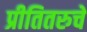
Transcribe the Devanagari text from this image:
प्रीतितरुचें